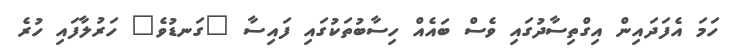
ހަމަ އެފަދައިން އިގްތިސާދުގައި ވެސް ބައެއް ހިސާބުތަކުގައި ފައިސާ "ގަނޑުވެ" ހަރުލާފައި ހުރެ